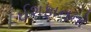
ઈશફાનનો